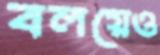
বলয়েও